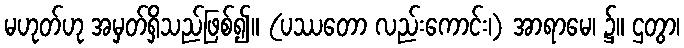
မဟုတ်ဟု အမှတ်ရှိသည်ဖြစ်၍။ (ပဿတော လည်းကောင်း၊) အာရာမေ၊ ၌။ ဌတွာ၊